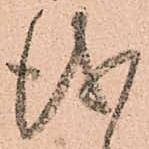
儀